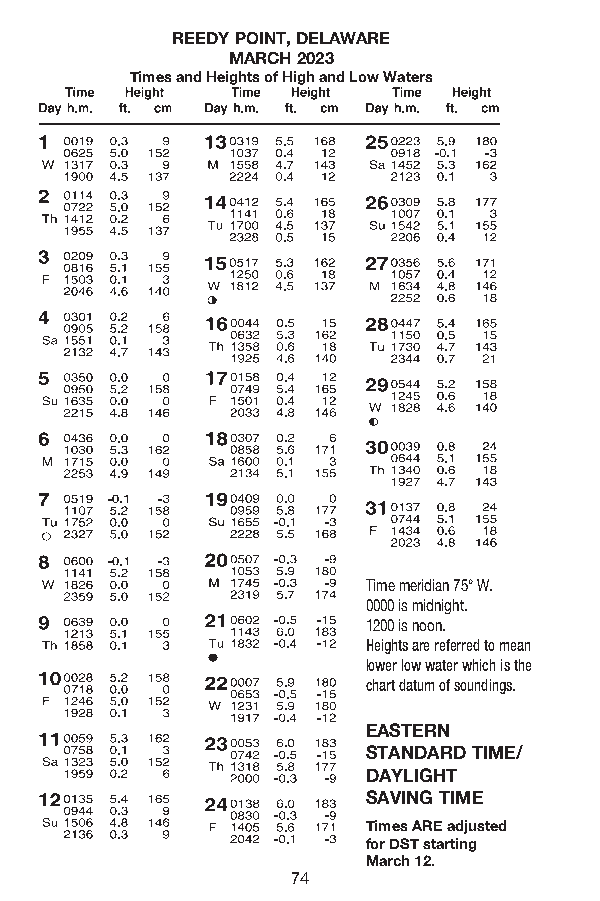
REEDY POINT, DELAWARE
 MARCH 2023
 Times and Heights of High and Low Waters
 Time meridian 75° W.
 0000 is midnight.
 1200 is noon.
 Heights are referred to mean
 lower low water which is the
 chart datum of soundings.
 EASTERN
 STANDARD TIME/
 DAYLIGHT
 SAVING TIME
 Times ARE adjusted
 for DST starting
 March 12.
 74